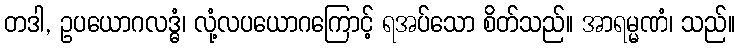
တဒါ, ဥပယောဂလဒ္ဓံ၊ လုံ့လပယောဂကြောင့် ရအပ်သော စိတ်သည်။ အာရမ္မဏံ၊ သည်။